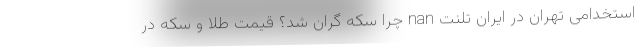
استخدامی تهران در ایران تلنت nan چرا سکه گران شد؟ قیمت طلا و سکه در